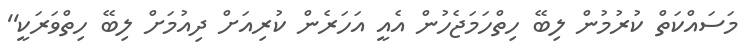
މަސައްކަތް ކުރުމުން ލިބޭ ހިތްހަމަޖެހުން އެއީ އަހަރެން ކުރިއަށް ދިއުމަށް ލިބޭ ހިތްވަރަކީ''